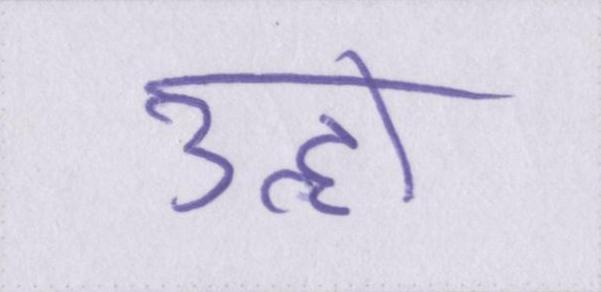
उन्हों